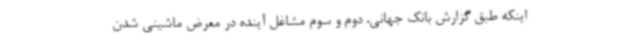
اینکه طبق گزارش بانک جهانی، دوم و سوم مشاغل آینده در معرض ماشینی شدن